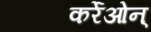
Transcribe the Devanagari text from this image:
कर्रेओन्